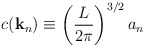
\begin{align*}c({\bf k}_n) \equiv \left(\frac{L}{2 \pi}\right)^{3/2} a_n\end{align*}